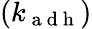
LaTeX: (k_{\mathrm{~a~d~h~}})